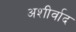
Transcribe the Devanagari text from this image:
अशीर्वाद